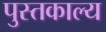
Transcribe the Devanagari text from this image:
पुस्तकाल्य